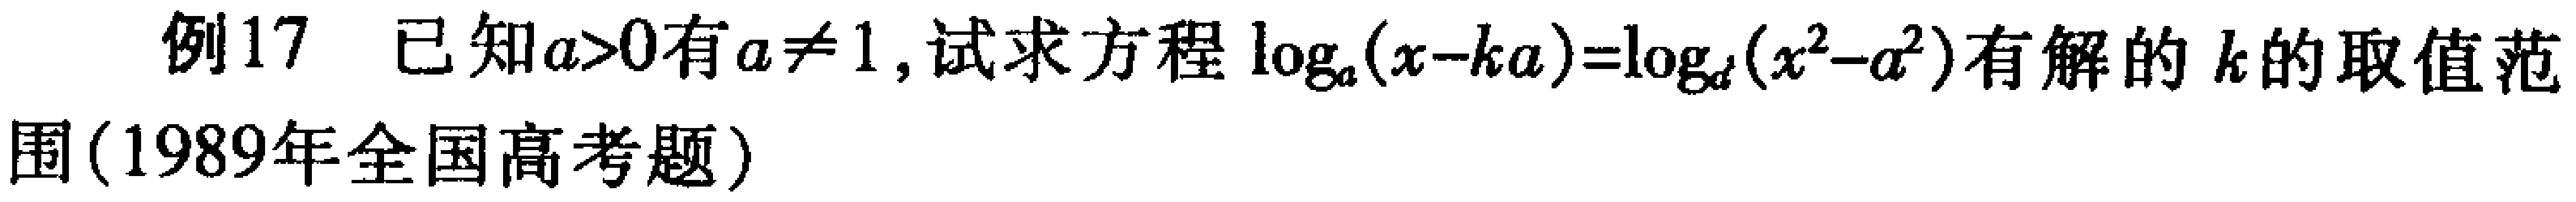
例17 已知\(a > 0\)且\(a\neq 1\)，试求方程\(\log_{a}(x - ka)=\log_{a}(x^{2}-a^{2})\)有解的\(k\)的取值范围(1989年全国高考题)